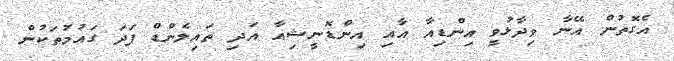
އެގޮތުން އޭނާ ވިދާޅުވީ އިންޑިއާ އާއި އިންޑޮނީޝިއާ އަދި ތައިލެންޑް ފަދަ ގައުމުތަކުން